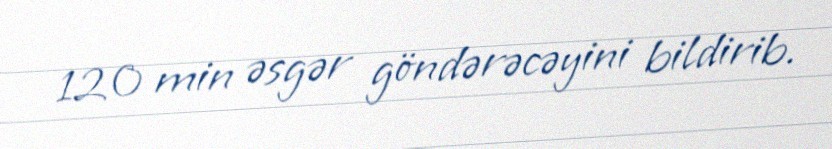
120 min əsgər göndərəcəyini bildirib.